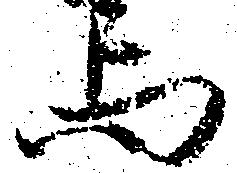
与